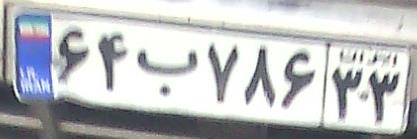
۶۴ب۷۸۶۳۳